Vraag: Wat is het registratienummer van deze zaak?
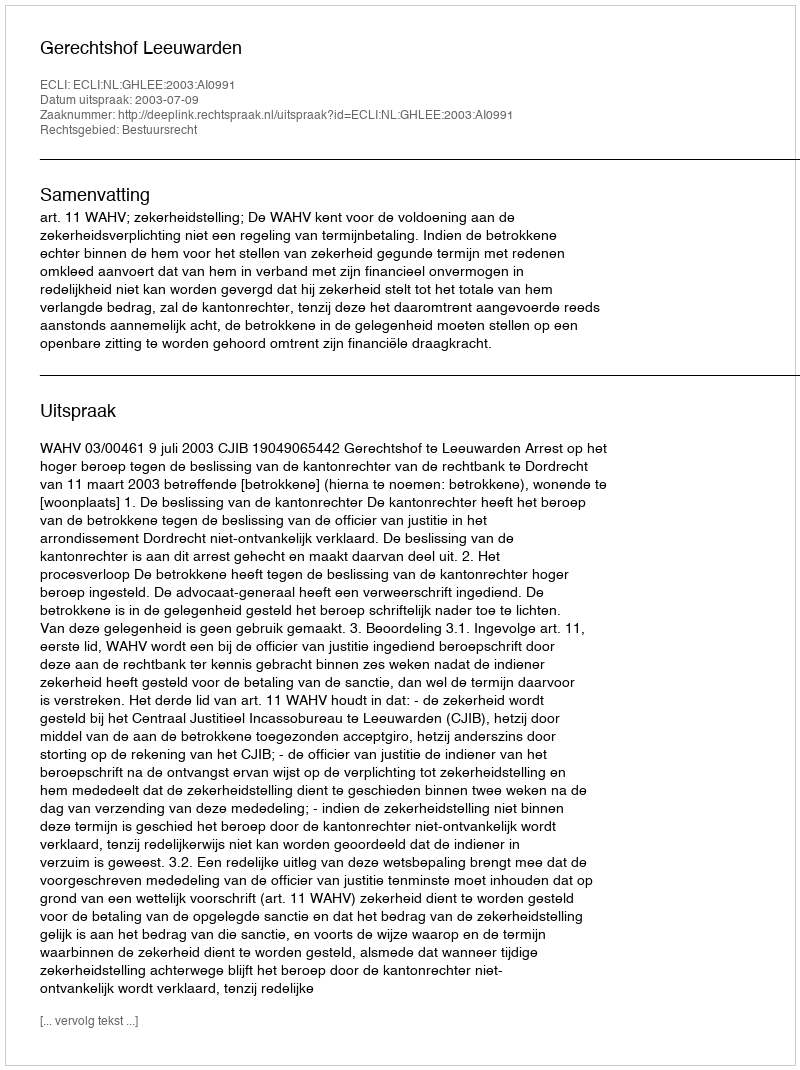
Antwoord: http://deeplink.rechtspraak.nl/uitspraak?id=ECLI:NL:GHLEE:2003:AI0991